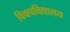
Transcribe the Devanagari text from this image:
विव्श्वविद्यालय